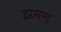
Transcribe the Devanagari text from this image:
झमन